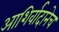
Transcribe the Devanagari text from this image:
आशिर्वादानेच